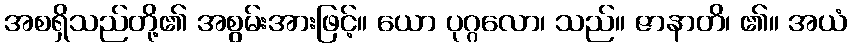
အစရှိသည်တို့၏ အစွမ်းအားဖြင့်။ ယော ပုဂ္ဂလော၊ သည်။ ဇာနာတိ၊ ၏။ အယံ